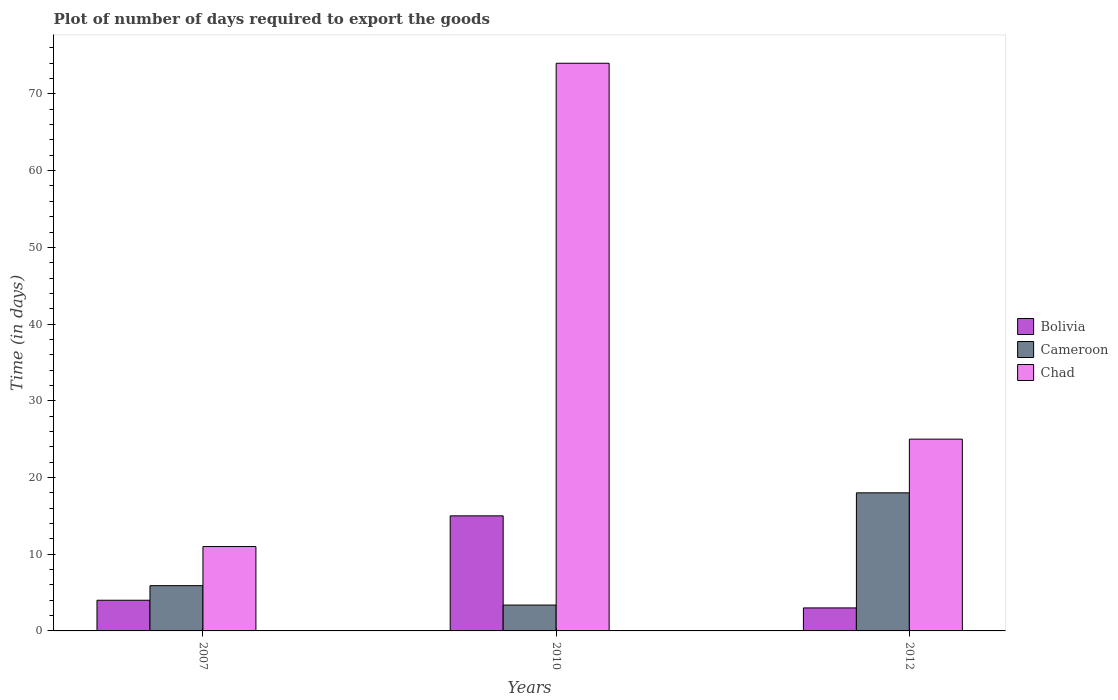
| Years | Bolivia | Cameroon | Chad |
 | --- | --- | --- | --- |
 | 2007 | 4 | 5.9 | 11 |
 | 2010 | 15 | 3.37 | 74 |
 | 2012 | 3 | 18 | 25 |